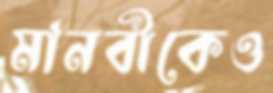
মানবীকেও